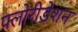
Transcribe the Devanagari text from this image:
फ्लोरीडेशन